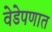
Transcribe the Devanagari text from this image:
वेडेपणात